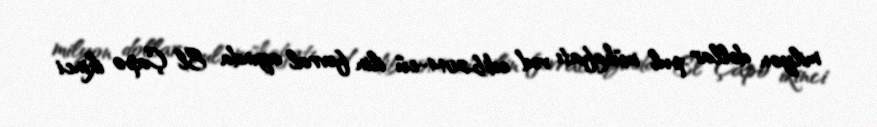
milyon dollar pul mükafatı vəd edib.2014-cü ilin fevral ayında El Çapo ikinci